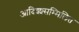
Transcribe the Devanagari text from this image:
आदिश्श्सम्मिलित